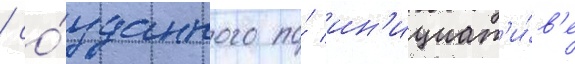
/ со́зданного по́ ин'ициат'и́в'е